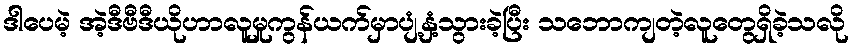
ဒါပေမဲ့ အဲ့ဒီဗီဒီယိုဟာလူမှုကွန်ယက်မှာပျံ့နှံ့သွားခဲ့ပြီး သဘောကျတဲ့လူတွေရှိခဲ့သလို